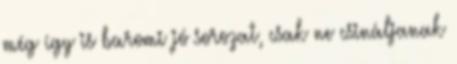
még így is baromi jó sorozat, csak ne csináljanak